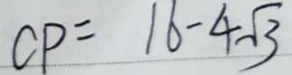
C P = 1 6 - 4 \sqrt { 3 }